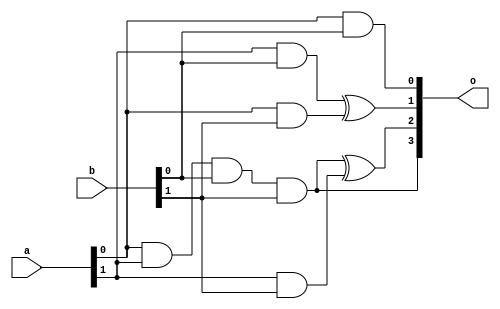
`timescale 1ns/1ps

module multiplier_2bit(a, b, o);

        input [1:0] a;
        input [1:0] b;
        output [3:0] o;

        wire t1a, t1b, t2a, t2b;

        and a0(o[0], a[0], b[0]);

        and a1a(t1a, a[1], b[0]);
        and a1b(t1b, a[0], b[1]);
        xor x1(o[1], t1a, t1b);

        and a2a(t2a, a[0], a[1], b[0], b[1]);
        and a2b(t2b, a[1], b[1]);
        xor x2(o[2], t2a, t2b);

        assign o[3] = t2a;


endmodule